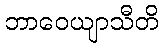
ဘာဝေယျာသီတိ